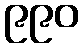
၉၉၀